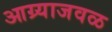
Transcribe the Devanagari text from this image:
आग्र्याजवळ